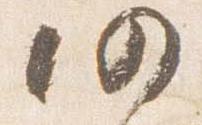
仍